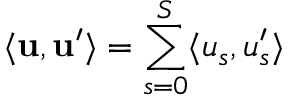
\langle { \bf u } , { \bf u } ^ { \prime } \rangle = \sum _ { s = 0 } ^ { S } \langle u _ { s } , u _ { s } ^ { \prime } \rangle